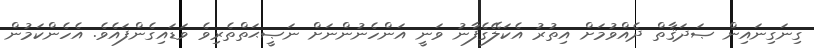
ގިނަގިނައިން ޞަދަޤާތް ދެއްވުމަށް އިތުރު އެކަލޭގެފާނު ވަނީ އަންހެނުންނަށް ނަޞީޙަތްތެރިވެ ވަޑައިގެންފައެވެ. އެހެންކަމުން